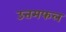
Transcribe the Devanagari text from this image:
उत्तमफल